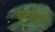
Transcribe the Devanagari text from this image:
चक्रासाठी